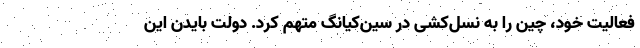
فعالیت خود، چین را به نسل‌کشی در سین‌کیانگ متهم کرد. دولت بایدن این